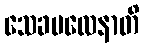
သေခဗလေနာတိ